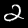
Label: 2